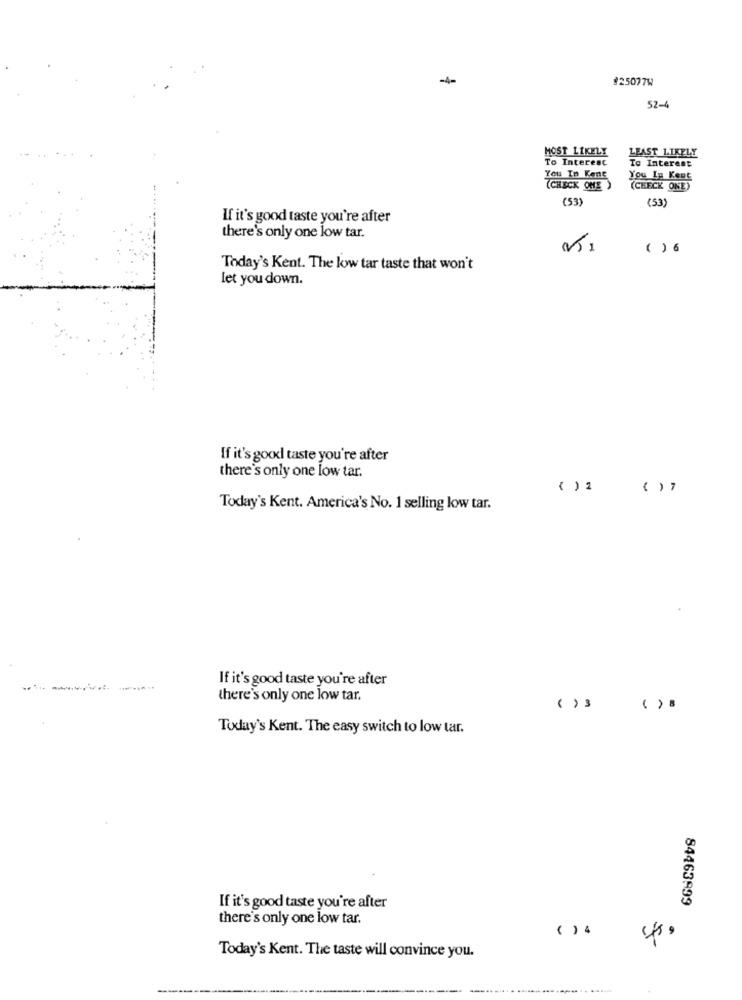
---
#25077W
52-4
MOST LIKELY
LEAST LIKELY
To Interest
To Interest
You In Kene
You In Kent
(CHECK ONE )
(CHECK ONE)
(53)
(53)
If it's good taste you're after
there's only one low tar.
( ) 6
Today's Kent. The low tar taste that won't
let you down.
If it's good taste you're after
there's only one low tar.
( ) 2
( ) 7
Today's Kent. America's No. 1 selling low tar.
If it's good taste you're after
----------
there's only one low tar.
( ) 3
( ) 8
Today's Kent. The easy switch to low tar.
84463999
If it's good taste you're after
there's only one low tar.
( ) 4
Today's Kent. The taste will convince you.